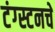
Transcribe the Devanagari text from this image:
टंग्स्टनचे